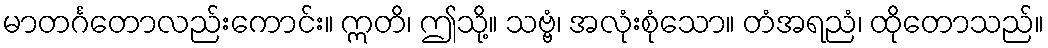
မာတင်္ဂတောလည်းကောင်း။ ဣတိ၊ ဤသို့။ သဗ္ဗံ၊ အလုံးစုံသော။ တံအရညံ၊ ထိုတောသည်။